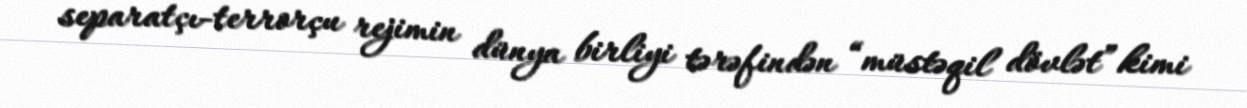
separatçı-terrorçu rejimin dünya birliyi tərəfindən “müstəqil dövlət” kimi